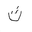
Letter: _tha